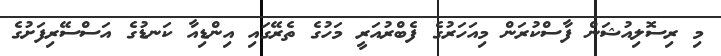
މި ރިސޮލިއުޝަން ފާސްކުރަން މިއަހަރުގެ ފެބްރުއަރީ މަހުގެ ތެރޭގައި އިންޑިއާ ކަނޑުގެ އަސްސޭރިފަށުގެ